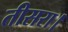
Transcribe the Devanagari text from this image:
तीसरा।